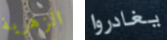
الزهرية يغادروا